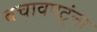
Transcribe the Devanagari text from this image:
बचावपटूंना